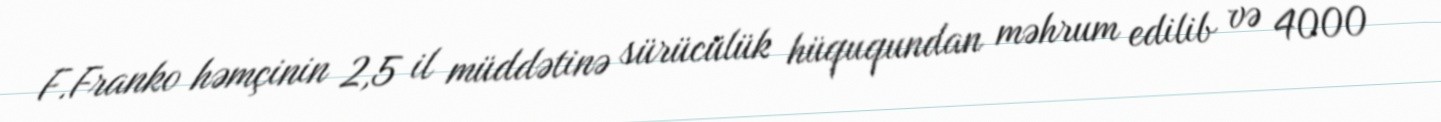
F.Franko həmçinin 2,5 il müddətinə sürücülük hüququndan məhrum edilib və 4000